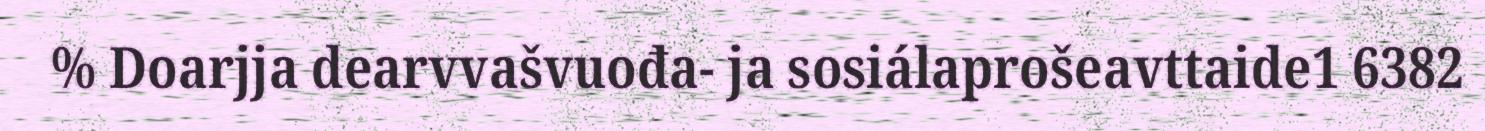
% Doarjja dearvvašvuođa- ja sosiálaprošeavttaide1 6382